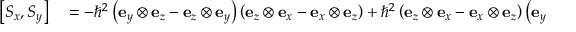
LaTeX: \begin{array} { r l } { \left[ S _ { x } , S _ { y } \right] } & { { } = - \hbar ^ { 2 } \left( \mathbf { e } _ { y } \otimes \mathbf { e } _ { z } - \mathbf { e } _ { z } \otimes \mathbf { e } _ { y } \right) \left( \mathbf { e } _ { z } \otimes \mathbf { e } _ { x } - \mathbf { e } _ { x } \otimes \mathbf { e } _ { z } \right) + \hbar ^ { 2 } \left( \mathbf { e } _ { z } \otimes \mathbf { e } _ { x } - \mathbf { e } _ { x } \otimes \mathbf { e } _ { z } \right) \left( \mathbf { e } _ { y } \otimes \mathbf { e } _ { z } - \mathbf { e } _ { z } \otimes \mathbf { e } _ { y } \right) } \end{array}